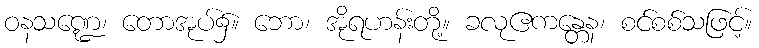
ဝနသဏ္ဍေ၊ တောအုပ်၌။ ဘော၊ အိုရဟန်းတို့။ ခလုဧကန္တေန၊ စင်စစ်သဖြင့်။